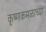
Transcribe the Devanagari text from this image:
कृष्णकमळाच्या